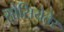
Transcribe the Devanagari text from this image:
सोसियेतेर